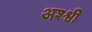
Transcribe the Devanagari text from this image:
अश्श्वी